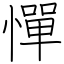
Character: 憚